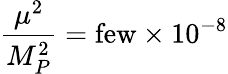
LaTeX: {\frac{\mu^{2}}{M_{P}^{2}}=\mathrm{few}\times{10^{-8}}}